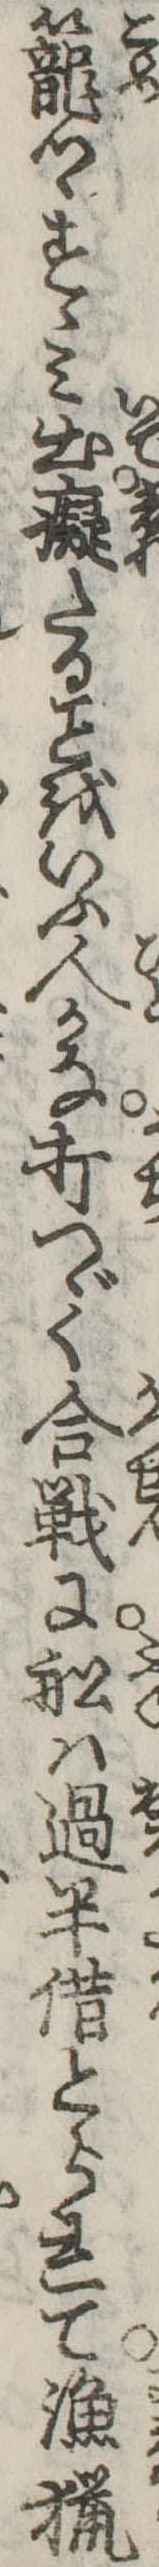
篭つゝすゝみ出痴たるをいふ人かな打つゞく合戦に船は過半借とられて漁猟